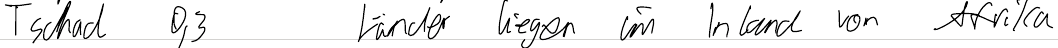
Tschad 0,3 Länder liegen im Inland von Afrika